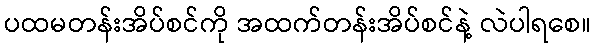
ပထမတန်းအိပ်စင်ကို အထက်တန်းအိပ်စင်နဲ့ လဲပါရစေ။